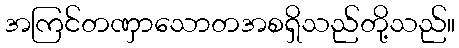
အကြင်တဏှာသောတအစရှိသည်တို့သည်။